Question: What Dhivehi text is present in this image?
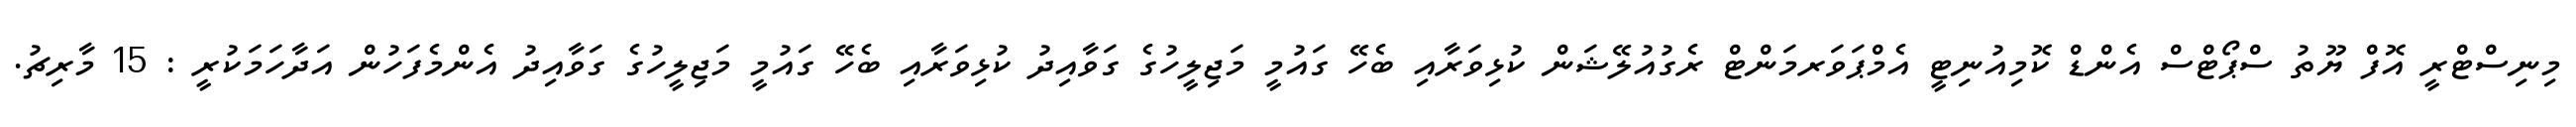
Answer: މިނިސްޓްރީ އޮފް ޔޫތު ސްޕޯޓްސް އެންޑް ކޮމިއުނިޓީ އެމްޕަވަރމަންޓް ރެގުއުލޭޝަން ކުޅިވަރާއި ބެހޭ ގައުމީ މަޖިލީހުގެ ގަވާއިދު ކުޅިވަރާއި ބެހޭ ގައުމީ މަޖިލީހުގެ ގަވާއިދު އެންމެފަހުން އަދާހަމަކުރީ : 15 މާރިޗު.